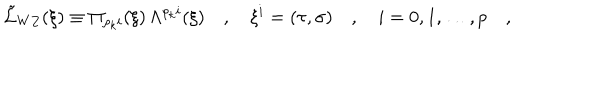
LaTeX: \tilde { \cal L } _ { W Z } ( \xi ) \equiv \Pi _ { \rho _ { k } i } ( \xi ) \, \Lambda ^ { \rho _ { k } i } ( \xi ) \quad , \quad \xi ^ { i } = ( \tau , { \bf \sigma } ) \quad , \quad i = 0 , 1 , \dots , p \quad , \quad